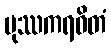
ပုဿကရဝိတံ